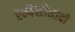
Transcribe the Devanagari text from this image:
ऐम्पैसीनादो